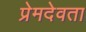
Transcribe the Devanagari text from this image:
प्रेमदेवता